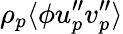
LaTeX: \rho_{p}\langle\phi u_{p}^{\prime\prime}v_{p}^{\prime\prime}\rangle